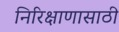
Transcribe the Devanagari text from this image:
निरिक्षाणासाठी